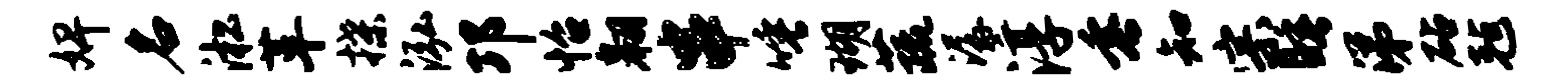
婢名淞革揲泓邛怡翱串唾瑚蔬潺淳垂知宗睡涕砧毡